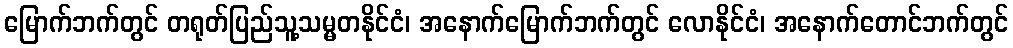
မြောက်ဘက်တွင် တရုတ်ပြည်သူ့သမ္မတနိုင်ငံ၊ အနောက်မြောက်ဘက်တွင် လောနိုင်ငံ၊ အနောက်တောင်ဘက်တွင်